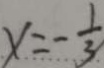
x = - \frac { 1 } { 3 }